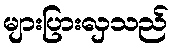
များပြားလှသည်